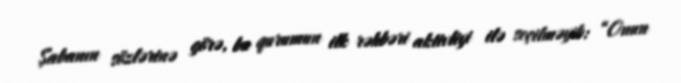
Şabanın sözlərinə görə, bu qurumun ilk rəhbəri aktivliyi ilə seçilməyib: “Onun